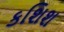
કશિશ